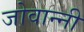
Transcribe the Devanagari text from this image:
जोवान्नी